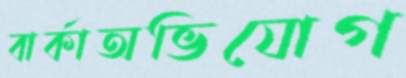
বার্কাঅভিযোগ